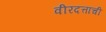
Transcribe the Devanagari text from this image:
वीरदत्ताची